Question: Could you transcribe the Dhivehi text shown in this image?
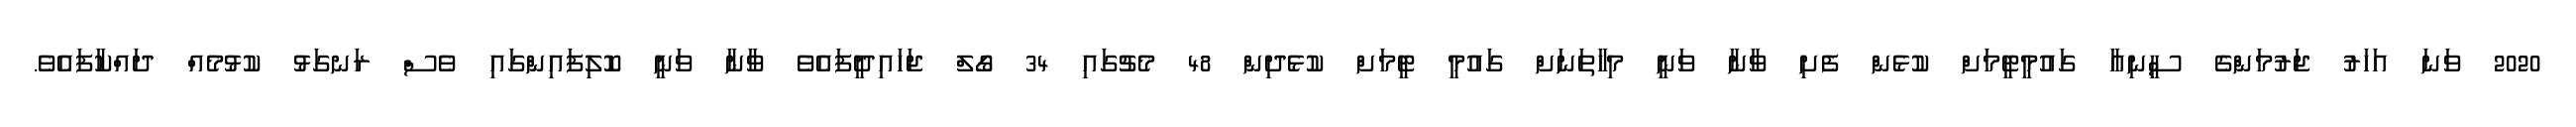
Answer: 2020 ވަނަ އަހަރު ޖަރުމަންގެ ސީނިއާ ގައުމީޓީމަށް ކުޅެން ފެށި ވާނާ ވަނީ މިހާތަނަށް ގައުމީ ޓީމަށް ކުޅެދިން 48 މެޗުގައި 34 ގޯލް ޖަހައިދީފައެވެ ވާނާ ވަނީ ކޮލިފައިންގައި ވެސް ރަނގަޅު ކުޅުމެއް ދައްކާފައެވެ.